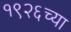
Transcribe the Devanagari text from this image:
१९२६च्या